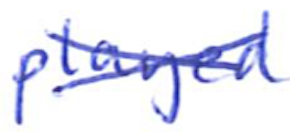
Text: played
Cross-out: cross
Writing tool: ballpoint